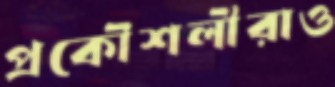
প্রকৌশলীরাও